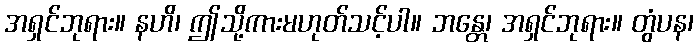
အရှင်ဘုရား။ နဟိ၊ ဤသို့ကားမဟုတ်သင့်ပါ။ ဘန္တေ၊ အရှင်ဘုရား။ တွံပန၊